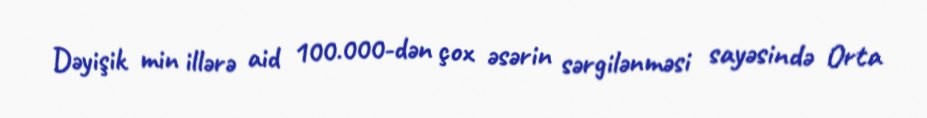
Dəyişik min illərə aid 100.000-dən çox əsərin sərgilənməsi sayəsində Orta